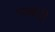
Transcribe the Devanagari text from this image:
पाबंधी